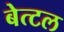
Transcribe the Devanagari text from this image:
बेत्टल